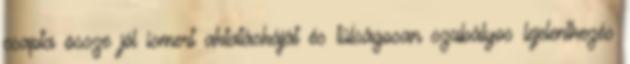
csapta össze jól ismert aktatáskáját és túlságosan szabályos lejelentkezés